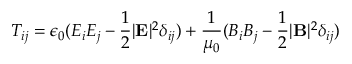
T _ { i j } = \epsilon _ { 0 } ( E _ { i } E _ { j } - \frac { 1 } { 2 } | \mathbf { E } | ^ { 2 } \delta _ { i j } ) + \frac { 1 } { \mu _ { 0 } } ( B _ { i } B _ { j } - \frac { 1 } { 2 } | \mathbf { B } | ^ { 2 } \delta _ { i j } )